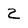
Character: Z